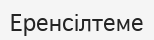
Еренсілтеме